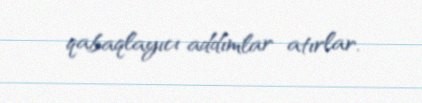
qabaqlayıcı addımlar atırlar.